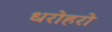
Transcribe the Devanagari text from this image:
धरोहरो